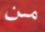
من